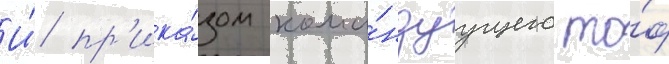
И́ пр'ика́зом кома́ндуущего то́ф